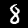
Label: 8